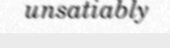
unsatiably